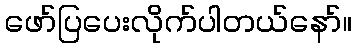
ဖော်ပြပေးလိုက်ပါတယ်နော်။